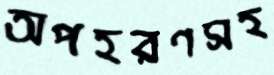
অপহরণসহ